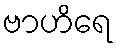
ဗာဟိရေ